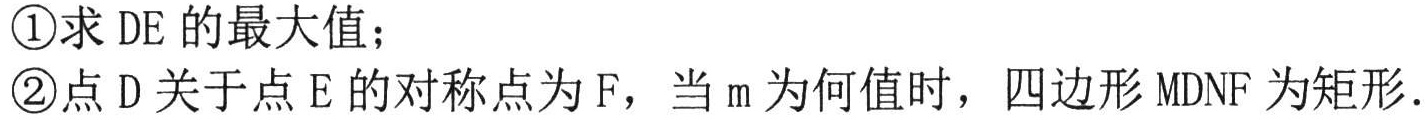
\textcircled{1}求 \(DE\) 的最大值；
\textcircled{2}点 \(D\) 关于点 \(E\) 的对称点为 \(F\)，当 \(m\) 为何值时，四边形 \(MDNF\) 为矩形.